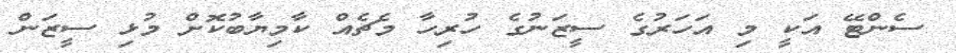
ސެންޓޭ އަކީ މި އަހަރުގެ ސީޒަނުގެ ހުރިހާ މެޗެއް ކާމިޔާބުކޮށް މުޅި ސީޒަން